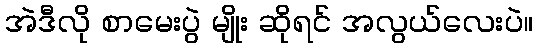
အဲဒီလို စာမေးပွဲ မျိုး ဆိုရင် အလွယ်လေးပဲ။